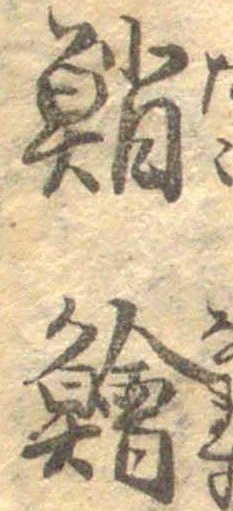
鮹鱠